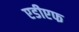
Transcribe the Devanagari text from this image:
एडीएफ